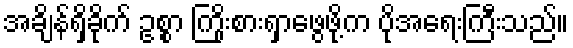
အချိန်ရှိခိုက် ဥစ္စာ ကြိုးစားရှာဖွေဖို့က ပိုအရေးကြီးသည်။